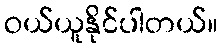
ဝယ်ယူနိုင်ပါတယ်။